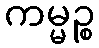
ကမ္မဉ္စ